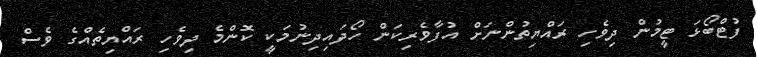
ފުޓްބޯޅަ ޓީމުން ދިވެހި ރައްޔިތުންނަށް އުފާވެރިކަން ހޯދައިދިނުމަކީ ކޮންމެ ދިވެހި ރައްޔިތެއްގެ ވެސް